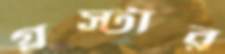
গ্লস্টার